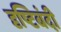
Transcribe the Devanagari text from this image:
दृष्टिबंदी